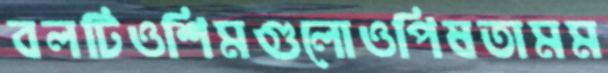
বলটিওশিমগুলোওপিষতামম